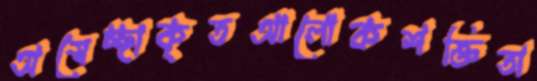
অস্বেচ্ছাকৃতআলোকশক্তিতা